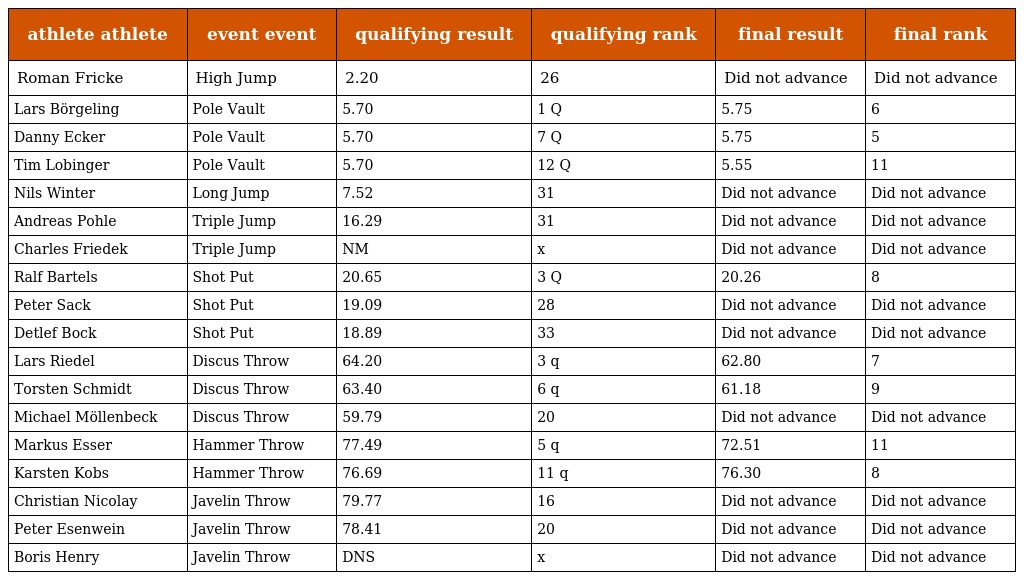
| athlete athlete | event event | qualifying result | qualifying rank | final result | final rank |
 | --- | --- | --- | --- | --- | --- |
 | Roman Fricke | High Jump | 2.20 | 26 | Did not advance | Did not advance |
 | Lars Börgeling | Pole Vault | 5.70 | 1 Q | 5.75 | 6 |
 | Danny Ecker | Pole Vault | 5.70 | 7 Q | 5.75 | 5 |
 | Tim Lobinger | Pole Vault | 5.70 | 12 Q | 5.55 | 11 |
 | Nils Winter | Long Jump | 7.52 | 31 | Did not advance | Did not advance |
 | Andreas Pohle | Triple Jump | 16.29 | 31 | Did not advance | Did not advance |
 | Charles Friedek | Triple Jump | NM | x | Did not advance | Did not advance |
 | Ralf Bartels | Shot Put | 20.65 | 3 Q | 20.26 | 8 |
 | Peter Sack | Shot Put | 19.09 | 28 | Did not advance | Did not advance |
 | Detlef Bock | Shot Put | 18.89 | 33 | Did not advance | Did not advance |
 | Lars Riedel | Discus Throw | 64.20 | 3 q | 62.80 | 7 |
 | Torsten Schmidt | Discus Throw | 63.40 | 6 q | 61.18 | 9 |
 | Michael Möllenbeck | Discus Throw | 59.79 | 20 | Did not advance | Did not advance |
 | Markus Esser | Hammer Throw | 77.49 | 5 q | 72.51 | 11 |
 | Karsten Kobs | Hammer Throw | 76.69 | 11 q | 76.30 | 8 |
 | Christian Nicolay | Javelin Throw | 79.77 | 16 | Did not advance | Did not advance |
 | Peter Esenwein | Javelin Throw | 78.41 | 20 | Did not advance | Did not advance |
 | Boris Henry | Javelin Throw | DNS | x | Did not advance | Did not advance |